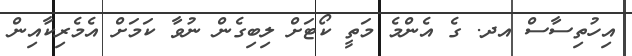
އިހުތިސާސް އދ. ގެ އެންމެ މަތީ ކޯޓަށް ލިބިގެން ނުވާ ކަމަށް އެމެރިކާއިން